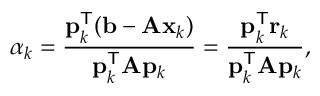
\alpha _ { k } = { \frac { \mathbf { p } _ { k } ^ { \mathsf { T } } ( \mathbf { b } - \mathbf { A x } _ { k } ) } { \mathbf { p } _ { k } ^ { \mathsf { T } } \mathbf { A } \mathbf { p } _ { k } } } = { \frac { \mathbf { p } _ { k } ^ { \mathsf { T } } \mathbf { r } _ { k } } { \mathbf { p } _ { k } ^ { \mathsf { T } } \mathbf { A } \mathbf { p } _ { k } } } ,